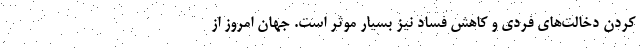
کردن دخالت‌های فردی و کاهش فساد نیز بسیار موثر است. جهان امروز از